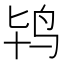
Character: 鸨